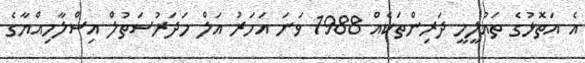
އެ އަތޮޅުގެ ތައުލީމީ ދަރިންތަކެއް 1988 ވަނަ އަހަރު އަލް މަދަރުސަތުލް އިސްލާމިއްޔާގެ